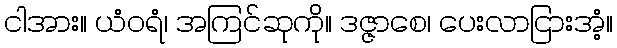
ငါအား။ ယံဝရံ၊ အကြင်ဆုကို။ ဒဇ္ဇာစေ၊ ပေးလာငြားအံ့။